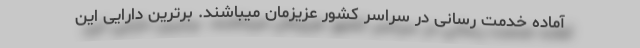
آماده خدمت رسانی در سراسر کشور عزیزمان میباشند. برترین دارایی این